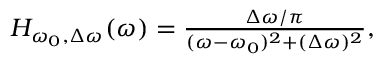
\begin{array} { r } { H _ { \omega _ { 0 } , \Delta \omega } ( \omega ) = \frac { \Delta \omega / \pi } { ( \omega - \omega _ { 0 } ) ^ { 2 } + ( \Delta \omega ) ^ { 2 } } , } \end{array}